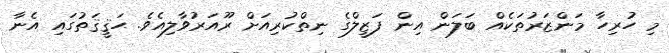
މި ހުރިހާ މަންޒަރުތަކެއް ބަލަން އިން ފަޒީލްގެ ނިތްކުރިއަށް ރޫއަރުވާލިއެވެ. ޙަޤީޤަތުގައި އެނާ